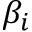
\beta _ { i }